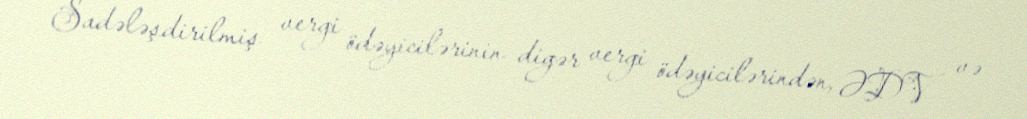
Sadələşdirilmiş vergi ödəyicilərinin digər vergi ödəyicilərindən, ƏDV və